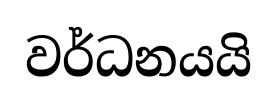
වර්ධනයයි